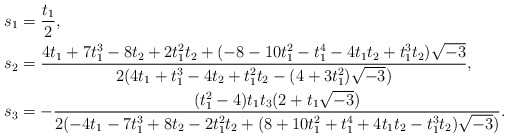
\begin{align*}s_1&=\frac{t_1}{2},\\s_2&=\frac{4t_1+7t_1^3-8t_2+2t_1^2t_2+(-8-10t_1^2-t_1^4-4t_1t_2+t_1^3t_2)\sqrt{-3}}{2(4t_1+t_1^3-4t_2+t_1^2t_2-(4+3t_1^2)\sqrt{-3})},\\s_3&=-\frac{(t_1^2-4)t_1t_3(2+t_1\sqrt{-3})}{2(-4t_1-7t_1^3+8t_2-2t_1^2t_2+(8+10t_1^2+t_1^4+4t_1t_2-t_1^3t_2)\sqrt{-3})}.\end{align*}